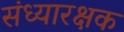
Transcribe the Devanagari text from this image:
संध्यारक्षक